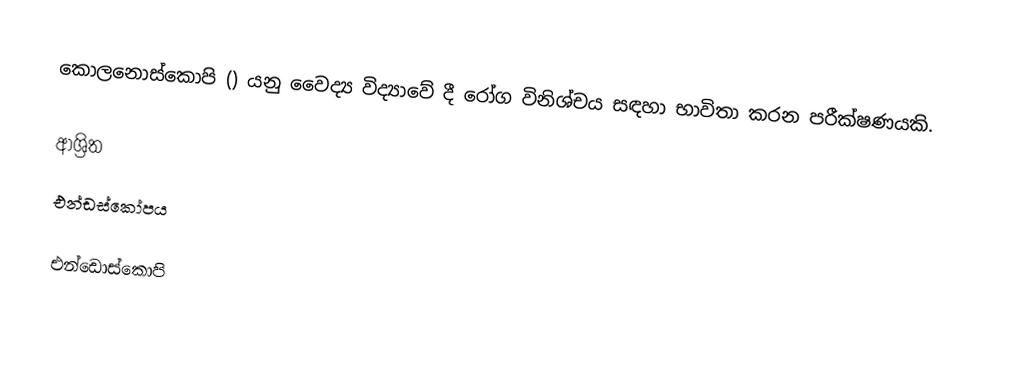
කොලනොස්කොපි () යනු වෛද්‍ය විද්‍යාවේ දී රෝග විනිශ්චය සඳහා භාවිතා කරන පරීක්ෂණයකි.

ආශ්‍රිත
 එන්ඩස්කෝපය

එන්ඩොස්කොපි